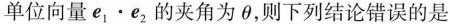
单位向量$$e_{1} \cdot e_{2}$$的夹角为\theta，则下列结论错误的是